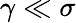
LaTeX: \gamma\ll\sigma